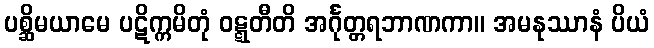
ပစ္ဆိမယာမေ ပဋိက္ကမိတုံ ဝဋ္ဋတီတိ အင်္ဂုတ္တရဘာဏကာ။ အမနုဿာနံ ပိယံ